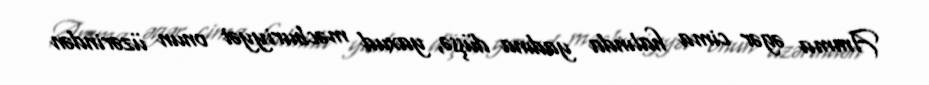
Amma əgər cima halında yadına düşsə, yaxud məcburiyyət onun üzərindən